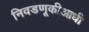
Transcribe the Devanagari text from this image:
निवडणूकीआधी